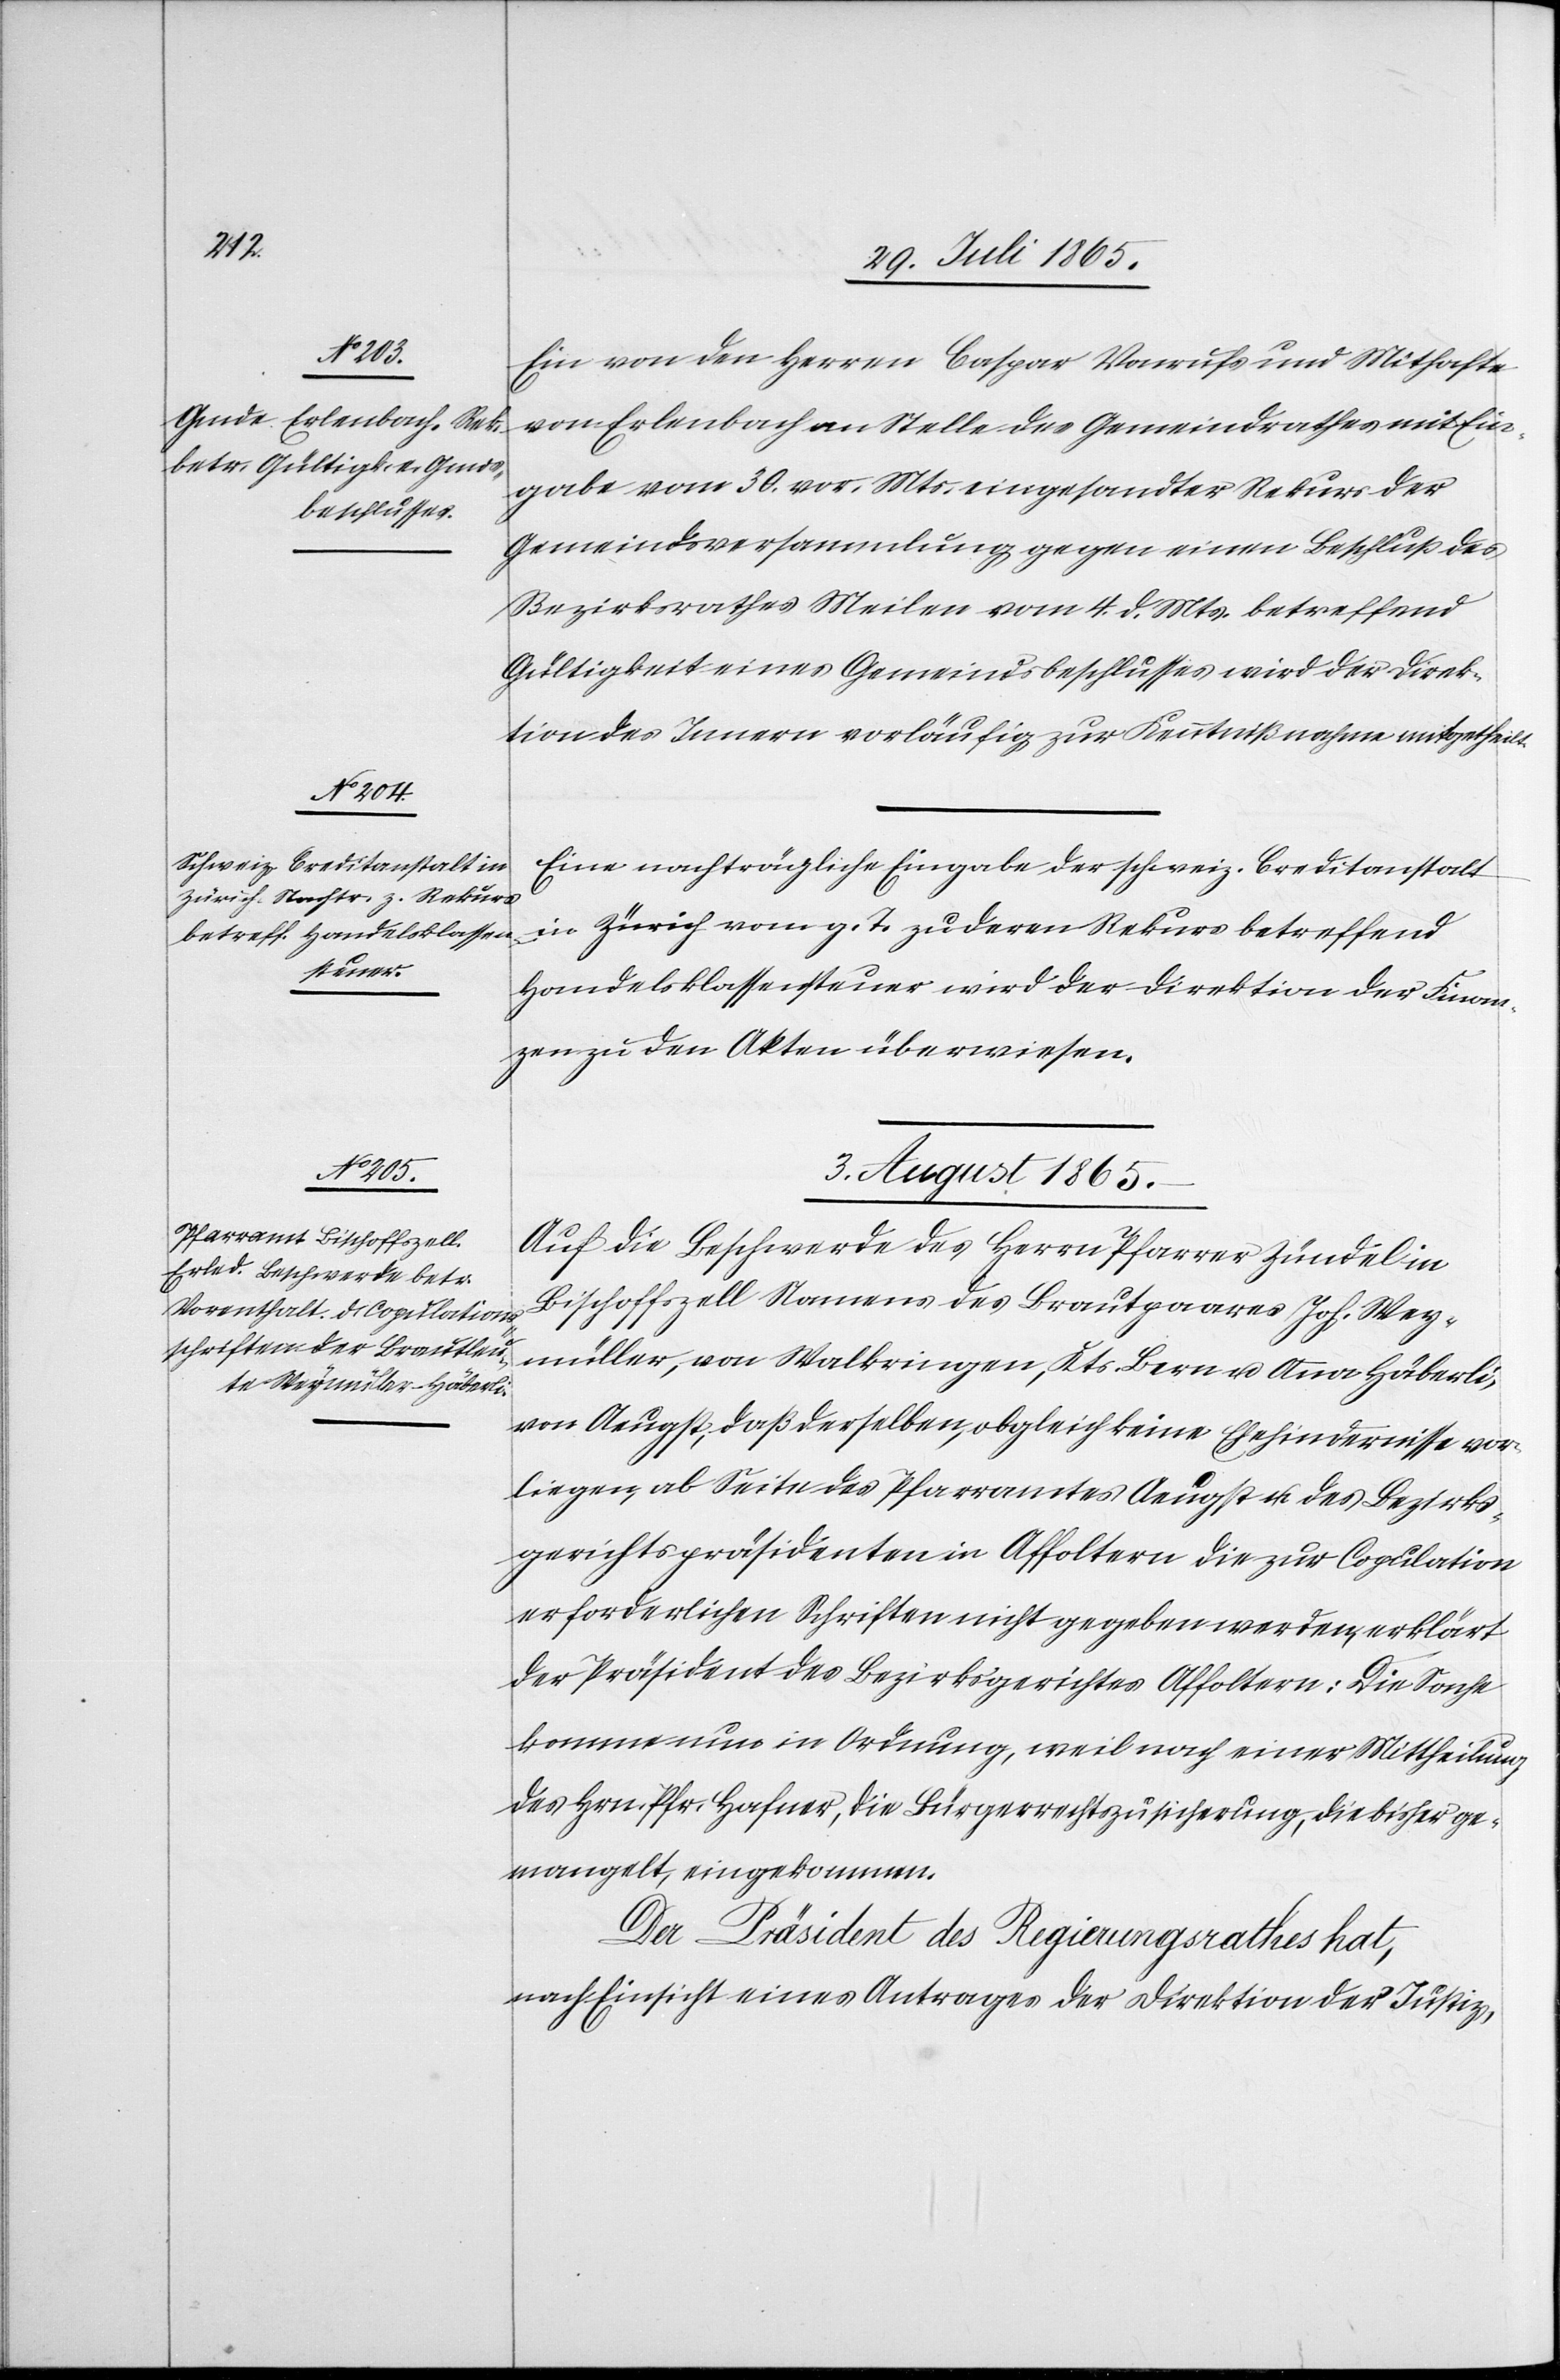
Ein von den Herren Caspar Vonrufs und Mithafte
von Erlenbach an Stelle des Gemeindrathes mit Ein¬
gabe vom 30. vor. Mts. eingesandter Rekurs der
Gemeindsversammlung gegen einen Beschluß des
Bezirksrathes Meilen vom 4. d. Mts. betreffend
Gültigkeit eines Gemeindsbeschlusses wird der Direk¬
tion des Innern vorläufig zur Kenntnißnahme mitgetheilt.
Eine nachträgliche Eingabe der schweiz. Creditanstalt
in Zürich vom g. T. zu deren Rekurs betreffend
Handelsklassensteuer wird der Direktion der Finan¬
zen zu den Akten überwiesen.
3. August 1865.
Auf die Beschwerde des Herrn Pfarrer Zündel in
Bischoffszell Namens des Brautpaares Joh. Wey¬
müller, von Walkringen, Kts. Bern u. Anna Häberli,
von Aeugst, daß derselben, obgleich keine Ehehindernisse vor¬
liegen, ab Seite des Pfarramtes Aeugst u. des Bezirks¬
gerichtspräsidenten in Affoltern die zur Copulation
erforderlichen Schriften nicht gegeben werden, erklärt
der Präsident des Bezirksgerichtes Affoltern: Die Sache
komme nun in Ordnung, weil nach einer Mittheilung
des Hrn. Pfr. Hafner, die Bürgerrechtszusicherung, die bisher ge¬
mangelt, eingekommen.
Der Präsident des Regierungsrathes hat,
nach Einsicht eines Antrages der Direktion der Justiz,